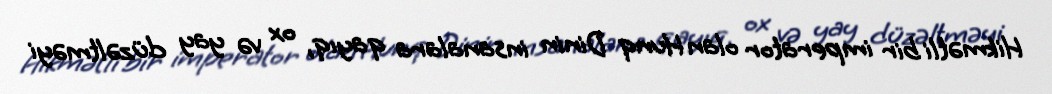
Hikmətli bir imperator olan Hunq Dinin insanalara qayıq, ox və yay düzəltməyi